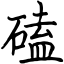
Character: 磕